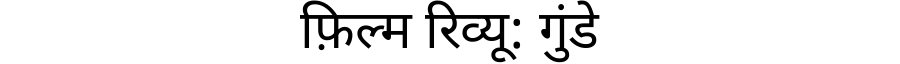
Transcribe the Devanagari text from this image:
फ़िल्म रिव्यू: गुंडे